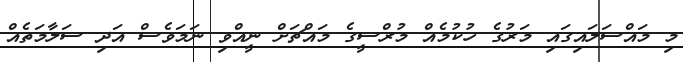
މި މައްސަލައިގައި މަރުގެ ހުކުމެއް މުރްސީގެ މައްޗަށް ނީއްވި ނަމަވެސް އަދި ސަލާމަތެއް